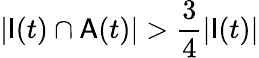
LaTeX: |\mathsf{I}(t)\cap\mathsf{A}(t)|>\frac{3}{4}|\mathsf{I}(t)|